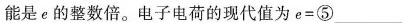
能是e的整数倍。电子电荷的现代值为e=⑤___